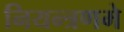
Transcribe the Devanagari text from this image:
नियन्त्रणमे